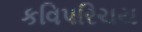
કવિપરિચય